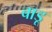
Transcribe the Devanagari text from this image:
बाडू